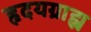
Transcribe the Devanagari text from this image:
हृदयग्राह्य